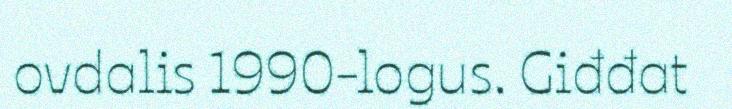
ovdalis 1990-logus. Giđđat